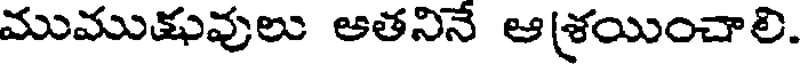
ముముక్షువులు ఆతనినే ఆశ్రయించాలి.